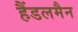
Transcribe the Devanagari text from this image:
हैंडलमैन